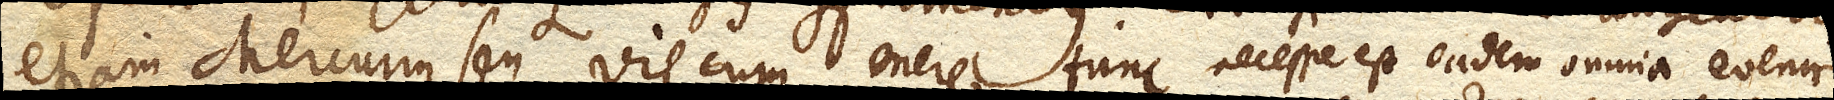
etiam Mercurius seu vis cum onere tunc necesse est eadem omnia evenire